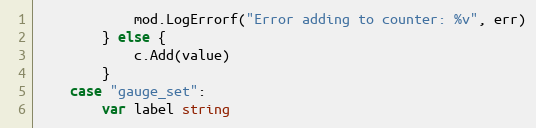
Language: Go
			mod.LogErrorf("Error adding to counter: %v", err)
		} else {
			c.Add(value)
		}
	case "gauge_set":
		var label string